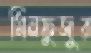
মিনফুজুর